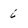
Character: 6